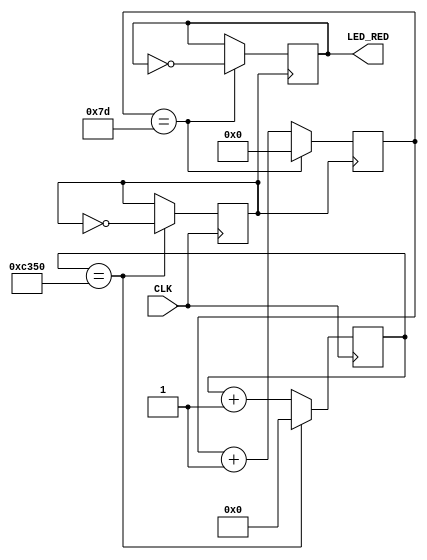
`timescale 1ns / 1ps
//////////////////////////////////////////////////////////////////////////////////
// Company: 
// Engineer: 
// 
// Design Name: 
// Module Name:    Blake_Red_Flashing_LED 
// Project Name: 
// Target Devices: 
// Tool versions: 
// Description: 
//
// Dependencies: 
//
// Revision: 
// Revision 0.01 - File Created
// Additional Comments: 
//
//////////////////////////////////////////////////////////////////////////////////
module Blake_Red_Flashing_LED(
    input CLK,
    output LED_RED
    );

reg [15:0] MclkDiv_Count;
reg [7:0] MSDiv_Count;
reg OneMsClk;
reg EighthSecondClk;
assign LED_RED = EighthSecondClk;

// Setup the 1ms counter
always @(posedge CLK) begin
  if (MclkDiv_Count==50000) begin
    MclkDiv_Count <= 16'h00;
         OneMsClk <= !OneMsClk;
  end
  else
    MclkDiv_Count <= MclkDiv_Count+1;
end

always @(posedge OneMsClk) begin
  if (MSDiv_Count==125) begin
    MSDiv_Count <= 8'h00;
         EighthSecondClk <= !EighthSecondClk;
  end
  else
    MSDiv_Count <= MSDiv_Count+1;
end
endmodule